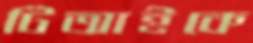
টিআইকে